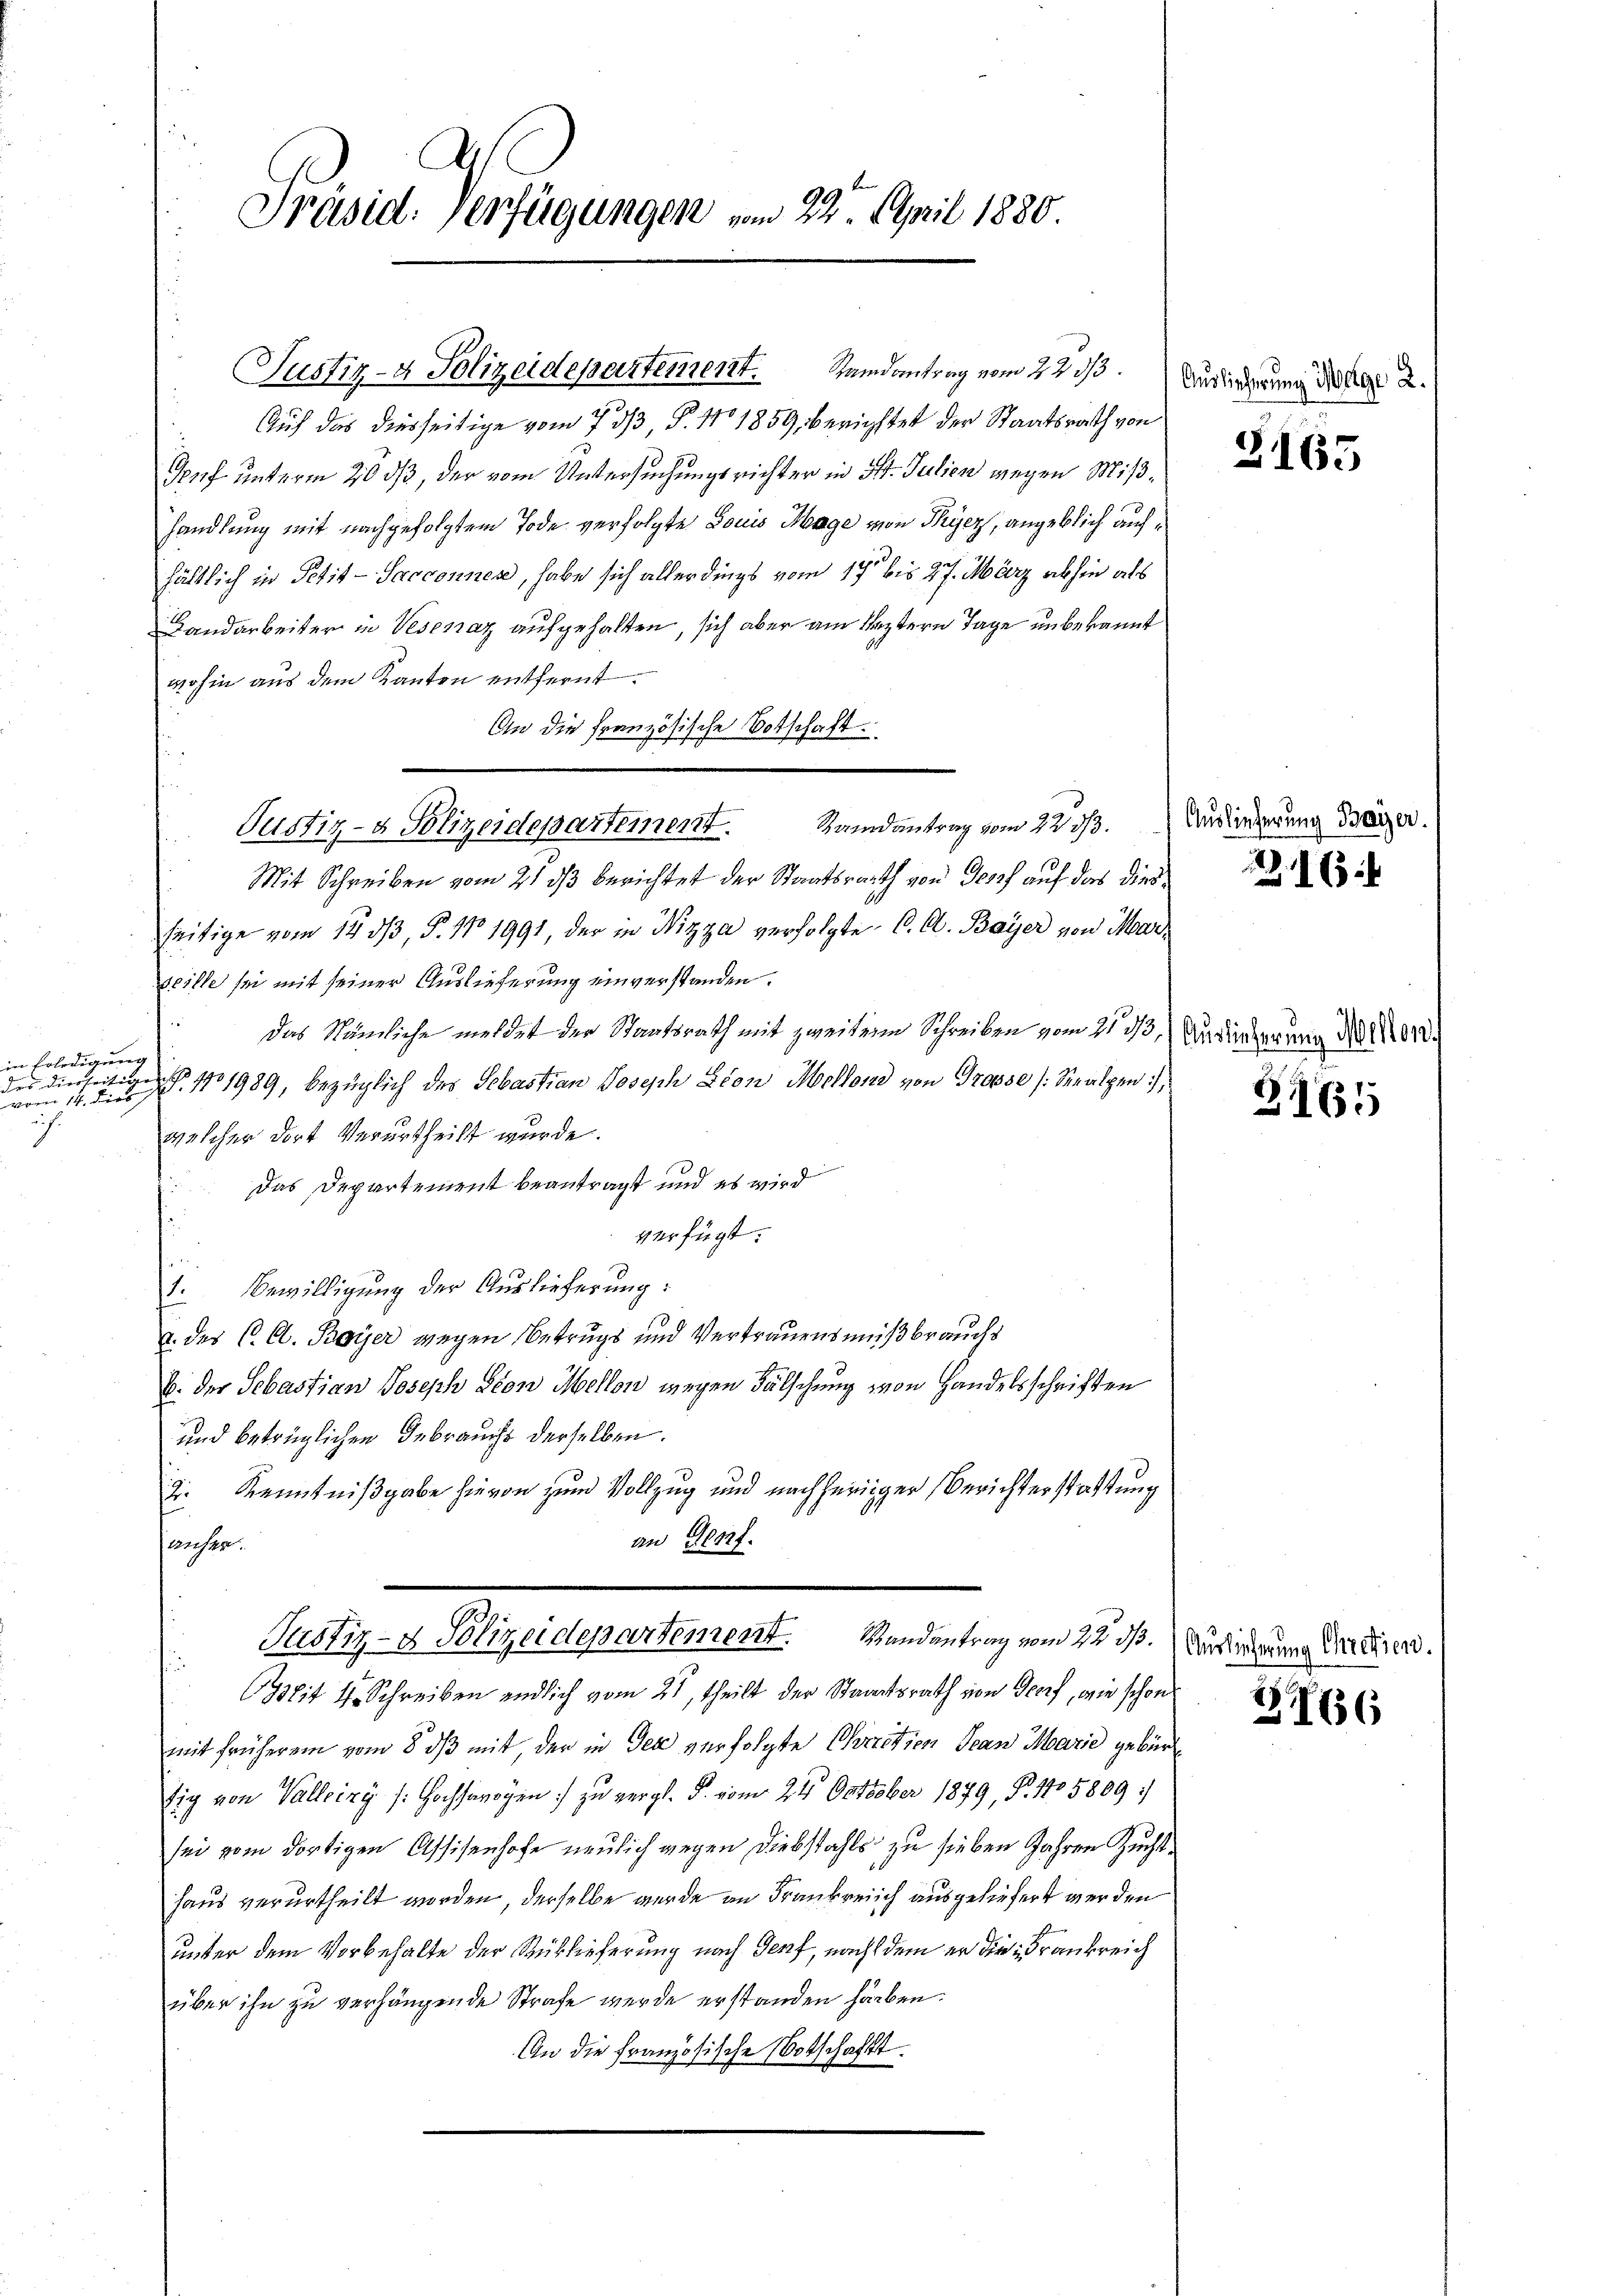
in Erledigung
vom 14. dies

d
Präsid. Verfügungen vom 22. April 1880.

Justiz- & Polizeidepartement. Randantrag vom 22. ds.

Auch das diesseitige vom 7. 33, §. 11. 1859, berichtet der Staatsrath von
Genf unterm 20 dß, der vom Untersuchungsrichter in St. Julien wegen Mißhandlung mit nachgefolgtem Tode verfolgte Louis Mage von Thycz, angeblich aufhältlich in Petit-Sacconnen, habe sich allerdings vom 14 bis 27. März abhin als
Landarbeiter in Vesenaz aufgehalten, sich aber am leztern Tage unbekannt
wohin aus dem Kanton entfernt.
An die französische Votschaft.
Mit Schreiben vom 21. ds berichtet der Staatsrath von Gesch auf das diesseitige vom 14. dβ, P. No 1991, der in Nizza verfolgte C. A. Bayer von Marveille sei mit seiner Auslieferung einverstanden.
Das Nämliche meldet der Staatsrath mit zweiter Schreiben vom 21. 33) Ausiederung 20 Mor
 11989, bezüglich des Sebastian Joseph Lion Mellons von Trosse (Stealpen,
welcher dort Verurtheilt wurde.
Das Departement beantragt und es wird
verfügt:
1. Bewilligung der Auslieferung:
u. des C. C. Bayer wegen Betrugs und Vertrauensmißbrauchs
b. der Sebastian Joseph Ston Mellon wegen Fälschung von Handelsschriften
und betrüglichen Gebrauchs derselben.
die Kenntnißgabe hievon zum Vollzug und nachheiniger Berichterstattung
an Grof.
ancher.
Justiz- & Polizeidepartement. Mandantrag vom 22. ds. Der eine Verdiren.
it 4 Schreiben endlich vom 21, theilt der Staatsrath von Genf, wie schon
mit früherem vom 8. dβ mit, der in der verfolgte Critien Jean Marie gebürt
sig von Valleizy (: Hochsarogen zu vergl. F. vom 24. October 1879, P. 1105809 :/
sei vom dortigen Assisenhofe neulich gegen Diebstahls zu sieben Jahren Zuchthaus verurtheilt worden, derselbe wurde an Frankreich ausgeliefert werden
unter dem Vorbehalte der Rüblieferung nach Genf, nach dem er die Frankreich
über ihn zu verhängende Strafe wurde erstanden haben.
An die Französische Notschaft.

Pustiz- & Polizeidepartement. Randantrag vom 22. ds. Wederung der

Auslicherung Molge 2.

2165

163

2165

Z 66